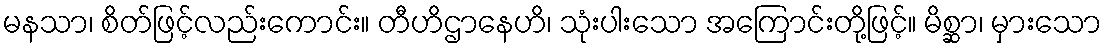
မနသာ၊ စိတ်ဖြင့်လည်းကောင်း။ တီဟိဌာနေဟိ၊ သုံးပါးသော အကြောင်းတို့ဖြင့်။ မိစ္ဆာ၊ မှားသော